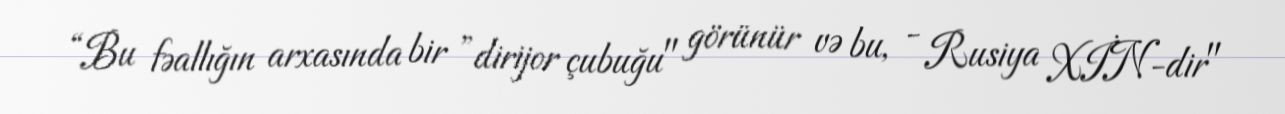
“Bu fəallığın arxasında bir ”dirijor çubuğu" görünür və bu, - Rusiya XİN-dir"